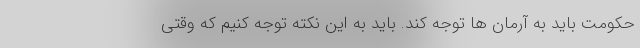
حکومت باید به آرمان ها توجه کند. باید به این نکته توجه کنیم که وقتی